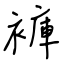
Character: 褲